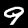
Digit: 9